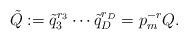
LaTeX: \begin{align*}\tilde Q := \tilde{q}_3^{r_3} \dotsb \tilde q_D^{r_D} = p_m^{-r} Q.\end{align*}